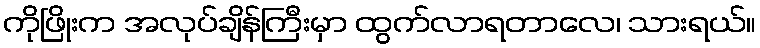
ကိုဖြိုးက အလုပ်ချိန်ကြီးမှာ ထွက်လာရတာလေ၊ သားရယ်။